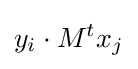
y_{i}\cdot M^{t}x_{j}